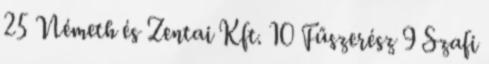
25 Németh és Zentai Kft. 10 Fűszerész 9 Szafi